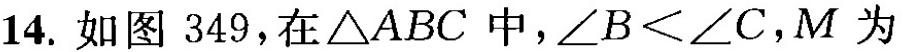
14.如图349，在△ABC中，∠B<∠C，M为